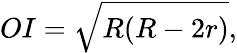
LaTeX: OI={\sqrt{R(R-2r)}},